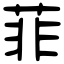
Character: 菲